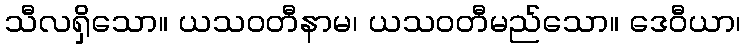
သီလရှိသော။ ယသဝတီနာမ၊ ယသဝတီမည်သော။ ဒေဝီယာ၊